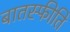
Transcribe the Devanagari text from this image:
बातस्फीति